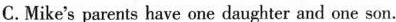
C.Mike's parents have one daughter and one son.